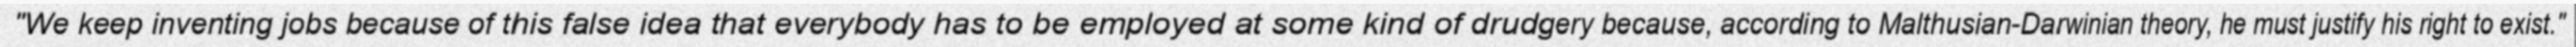
"We keep inventing jobs because of this false idea that everybody has to be employed at some kind of drudgery because, according to Malthusian-Darwinian theory, he must justify his right to exist."